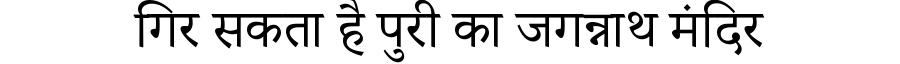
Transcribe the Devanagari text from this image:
गिर सकता है पुरी का जगन्नाथ मंदिर